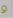
و